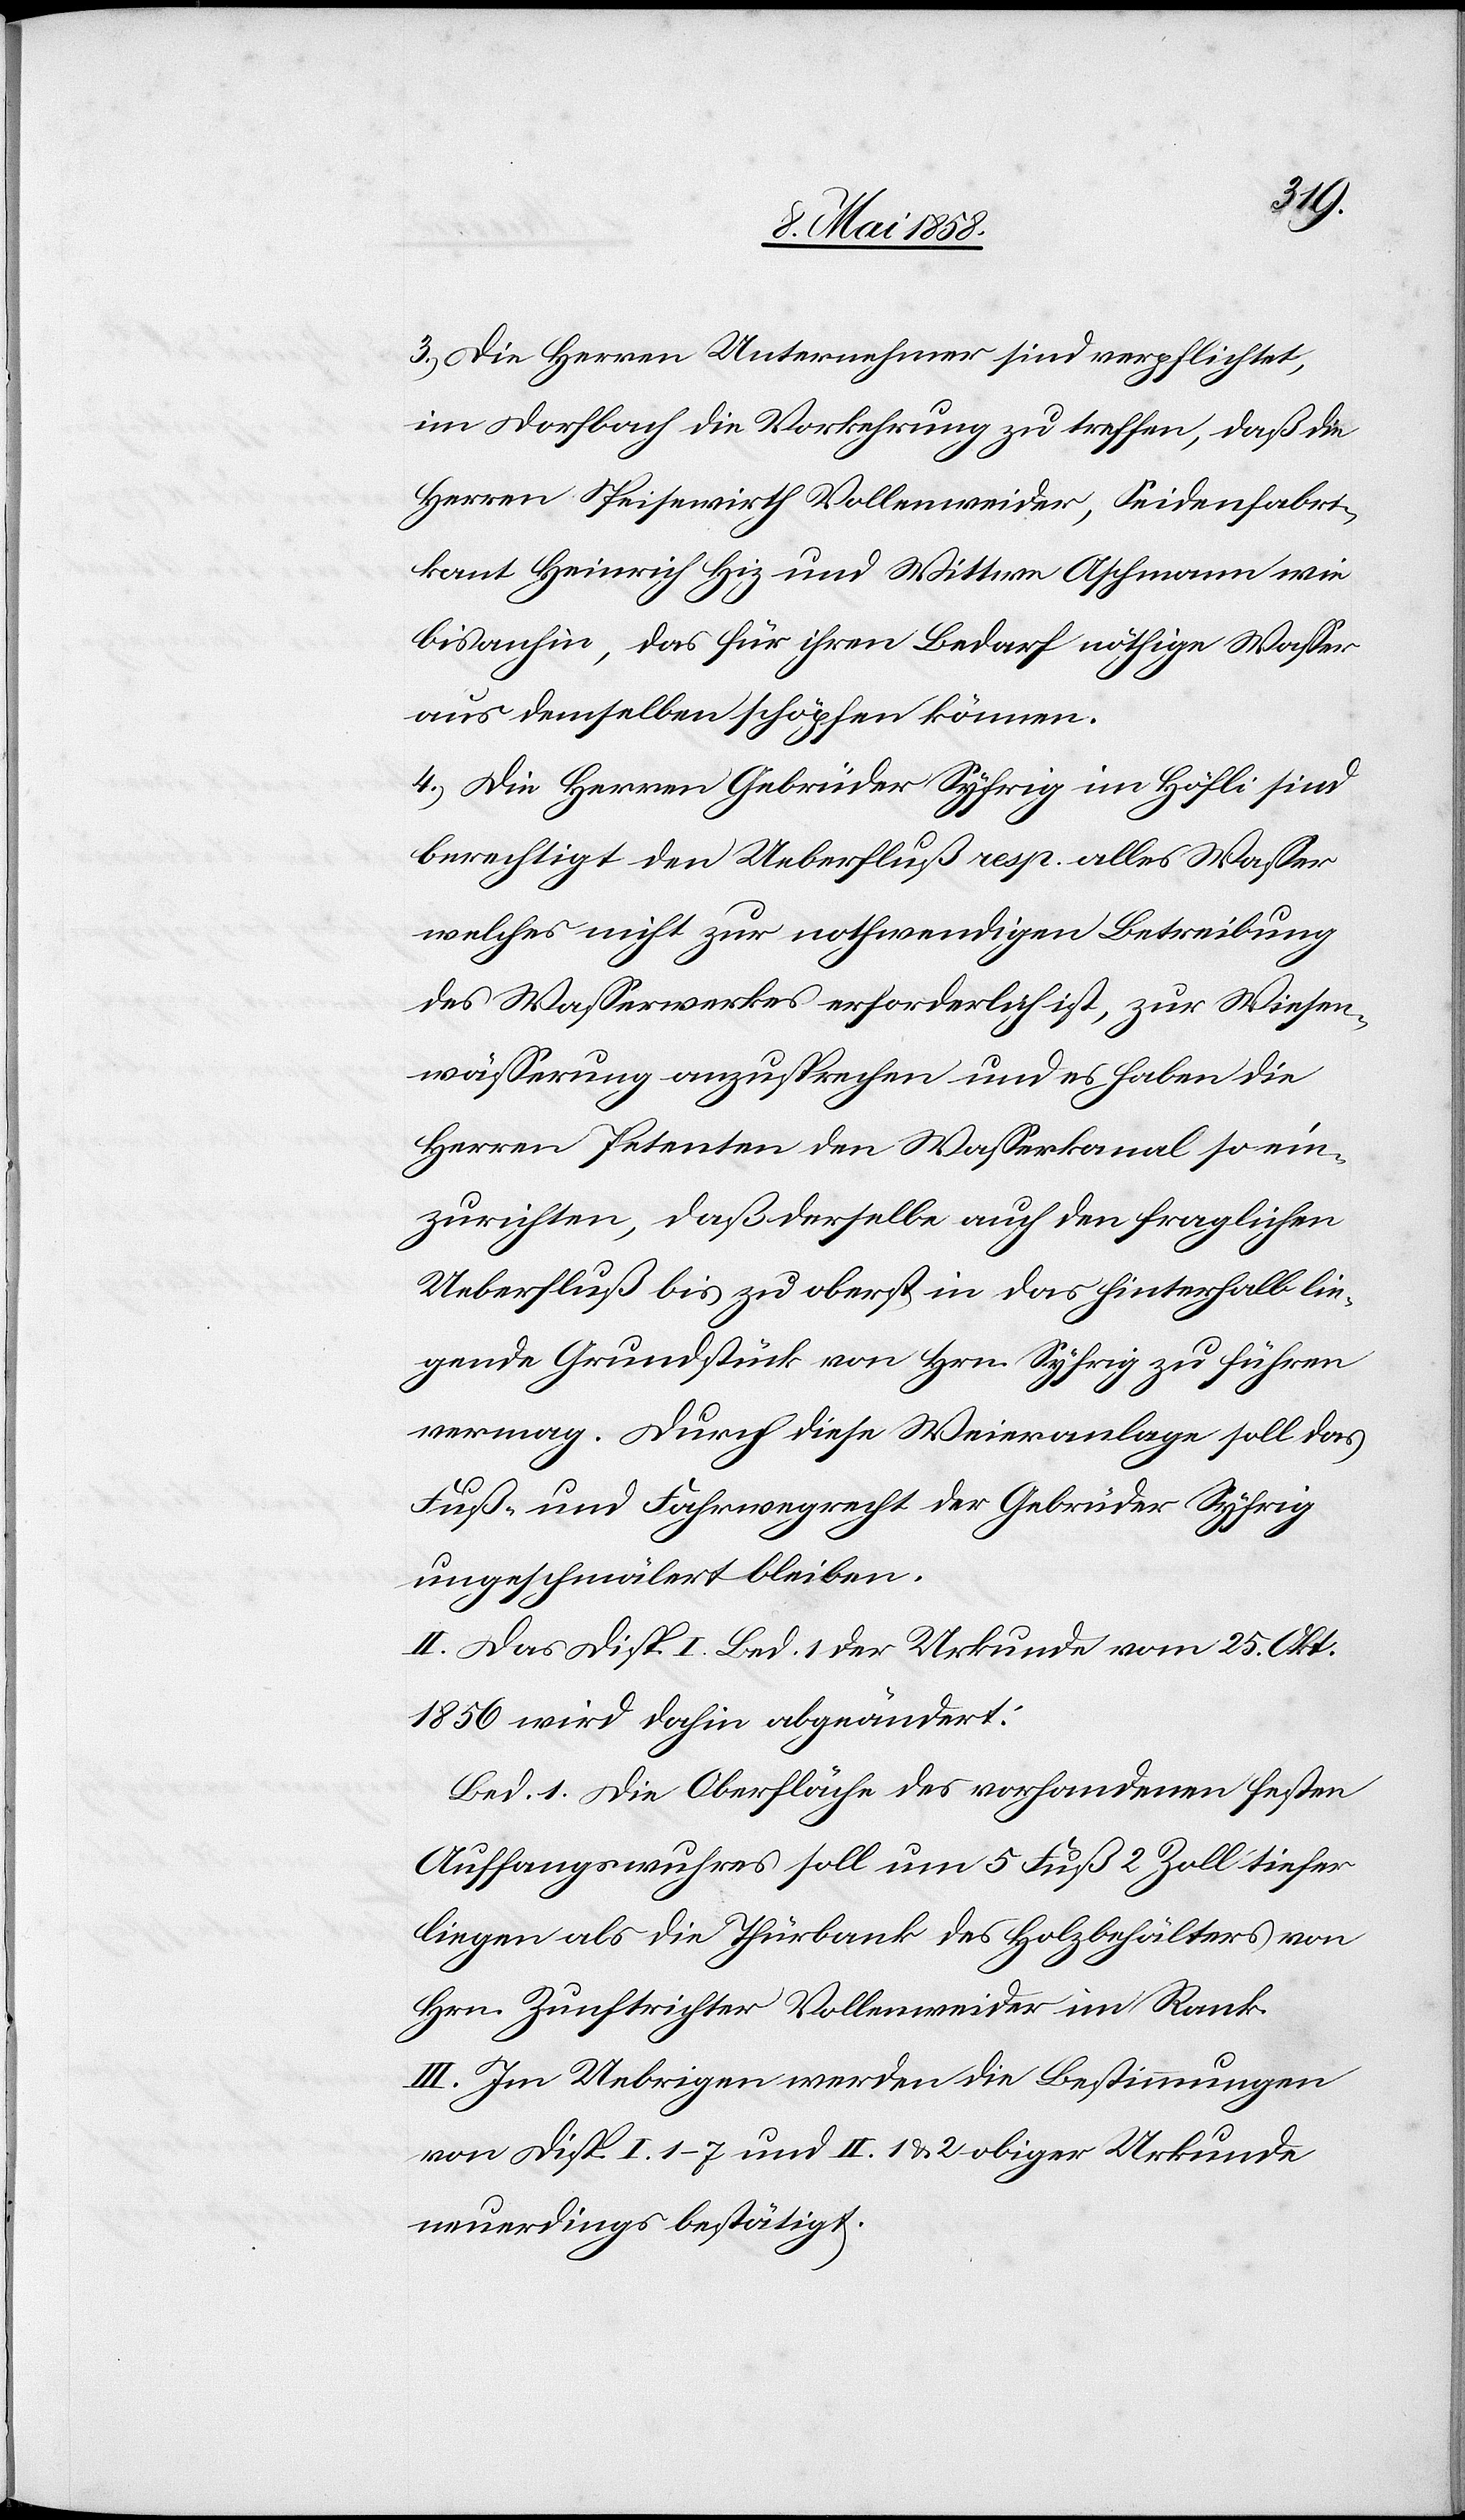
3.) Die Herren Unternehmer sind verpflichtet,
im Dorfbache die Vorkehrung zu treffen, daß die
Herren Speisewirth Vollenweider, Seidenfabri¬
kant Heinrich Hiz [sic!] und Wittwe Aschmann wie
bisanhin, das für ihren Bedarf nöthige Wasser
aus demselben schöpfen können.
4.) Die Herren Gebrüder Syfrig im Höfli sind
berechtigt den Ueberfluß resp. alles Wasser
welches nicht zur nothwendigen Betreibung
des Wasserwerkes erforderlich ist, zur Wiesen¬
wässerung anzusprechen und es haben die
Herren Petenten den Wasserkanal so ein¬
zurichten, daß derselbe auch den fraglichen
Ueberfluß bis zu oberst in das hinterhalb lie¬
gende Grundstück von Hrn. Syfrig zu führen
vermag. Durch diese Weieranlage soll das
Fuß- und Fahrwegrecht der Gebrüder Syfrig
ungeschmälert bleiben.
II. Das Disp. I Bed. 1 der Urkunde vom 25. Okt.
1856 wird dahin abgeändert:
Bed. 1. Die Oberfläche des vorhandenen festen
Auffangswuhres soll um 5 Fuß 2 Zoll tiefer
liegen als die Thürbank des Holzbehälters von
Hrn. Zunftrichter Vollenweider im Rank.
III. Im Uebrigen werden die Bestimmungen
von Disp. I. 1–7 und II 1 & 2 obiger Urkunde
neuerdings bestätigt.